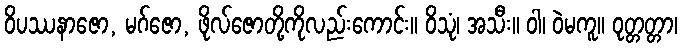
ဝိပဿနာဇော, မဂ်ဇော, ဖိုလ်ဇောတို့ကိုလည်းကောင်း။ ဝိသုံ၊ အသီး။ ဝါ၊ ဝဲမကူ။ ဝုတ္တတ္တာ၊